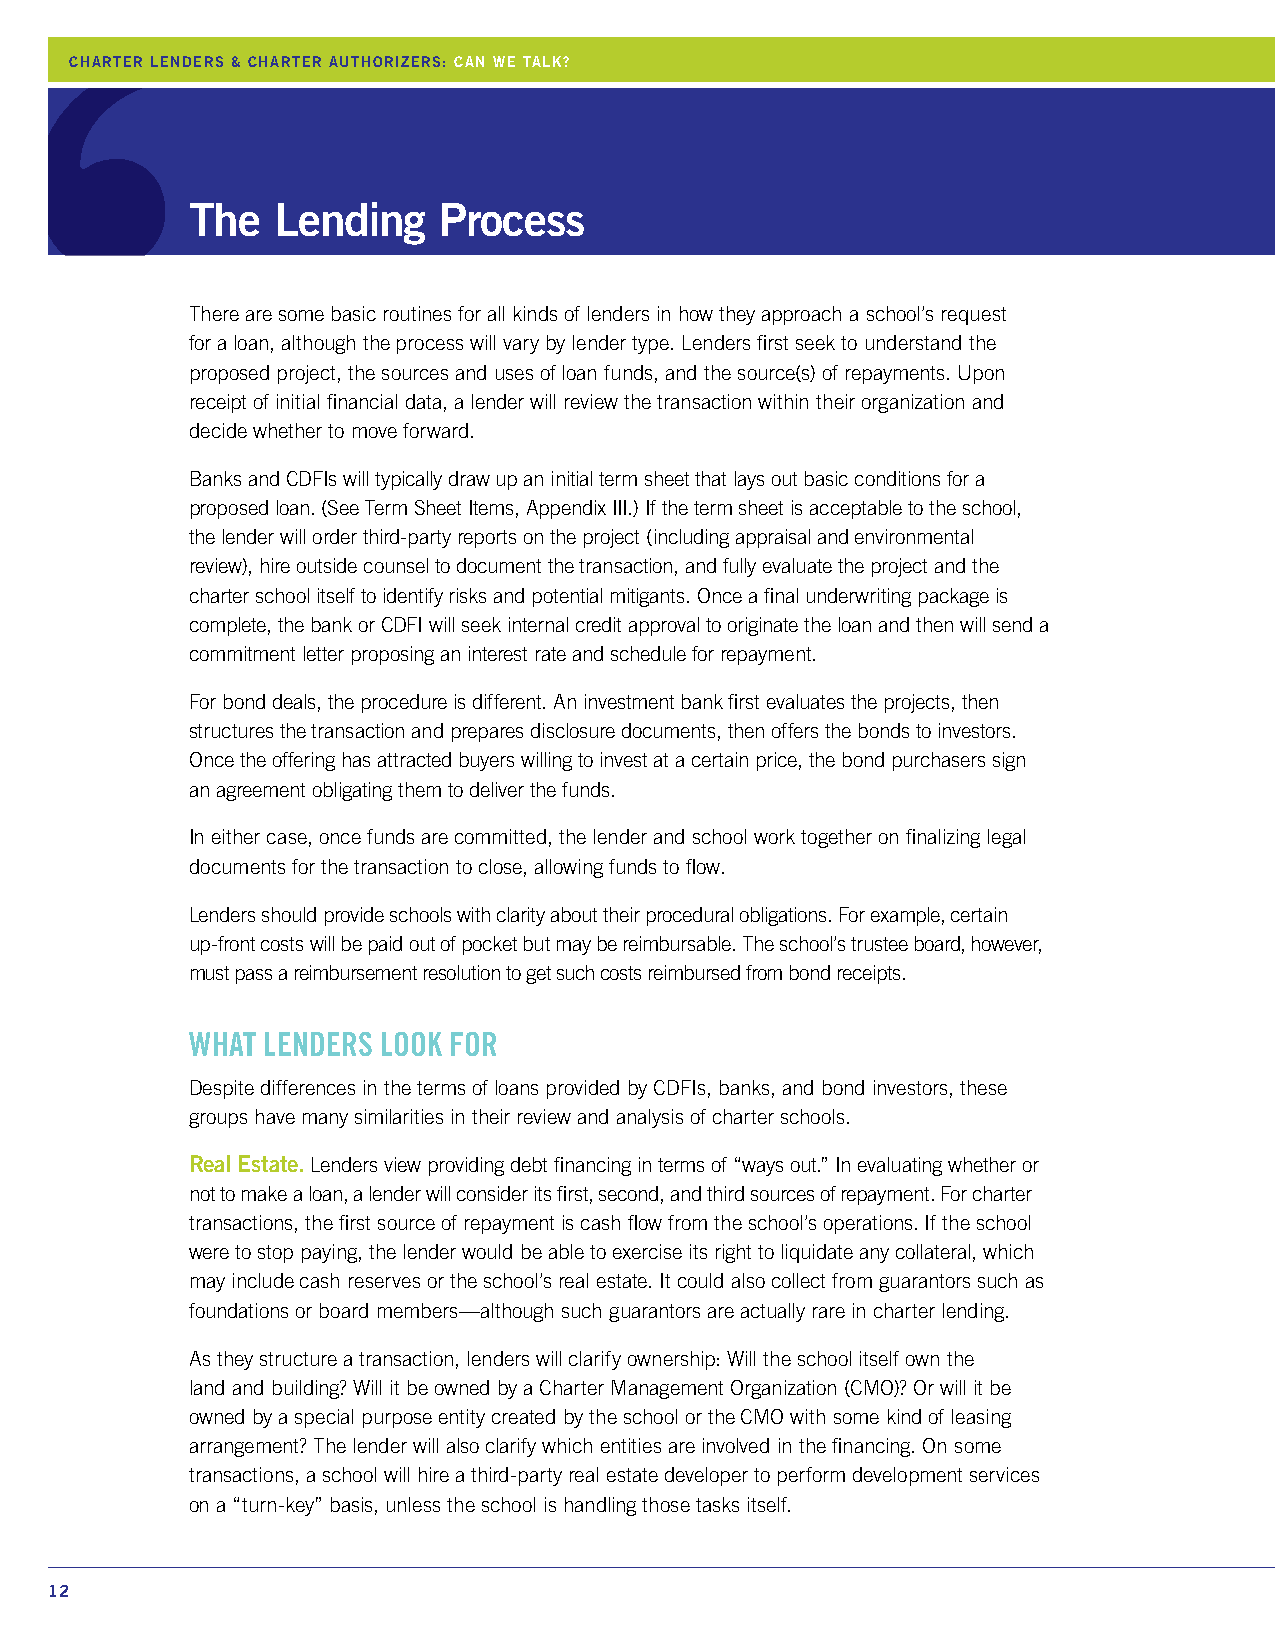
CHARTER LENDERS & CHARTER AUTHORIZERS: CAN WE TALK?
 The  Lending    Process
 There are some basic routines for all kinds of lenders in how they approach a school’s request
 for a loan, although the process will vary by lender type. Lenders first seek to understand the
 proposed project, the sources and uses of loan funds, and the source(s) of repayments. Upon
 receipt of initial financial data, a lender will review the transaction within their organization and
 decide whether to move forward.
 Banks and CDFIs will typically draw up an initial term sheet that lays out basic conditions for a
 proposed loan. (See Term Sheet Items, Appendix III.) If the term sheet is acceptable to the school,
 the lender will order third-party reports on the project (including appraisal and environmental
 review), hire outside counsel to document the transaction, and fully evaluate the project and the
 charter school itself to identify risks and potential mitigants. Once a final underwriting package is
 complete, the bank or CDFI will seek internal credit approval to originate the loan and then will send a
 commitment letter proposing an interest rate and schedule for repayment.
 For bond deals, the procedure is different. An investment bank first evaluates the projects, then
 structures the transaction and prepares disclosure documents, then offers the bonds to investors.
 Once the offering has attracted buyers willing to invest at a certain price, the bond purchasers sign
 an agreement obligating them to deliver the funds.
 In either case, once funds are committed, the lender and school work together on finalizing legal
 documents for the transaction to close, allowing funds to flow.
 Lenders should provide schools with clarity about their procedural obligations. For example, certain
 up-front costs will be paid out of pocket but may be reimbursable. The school’s trustee board, however,
 must pass a reimbursement resolution to get such costs reimbursed from bond receipts.
 WHAT LENDERS LOOK FOR
 Despite differences in the terms of loans provided by CDFIs, banks, and bond investors, these
 groups have many similarities in their review and analysis of charter schools.
 Real Estate. Lenders view providing debt financing in terms of “ways out.” In evaluating whether or
 not to make a loan, a lender will consider its first, second, and third sources of repayment. For charter
 transactions, the first source of repayment is cash flow from the school’s operations. If the school
 were to stop paying, the lender would be able to exercise its right to liquidate any collateral, which
 may include cash reserves or the school’s real estate. It could also collect from guarantors such as
 foundations or board members—although such guarantors are actually rare in charter lending.
 As they structure a transaction, lenders will clarify ownership: Will the school itself own the
 land and building? Will it be owned by a Charter Management Organization (CMO)? Or will it be
 owned by a special purpose entity created by the school or the CMO with some kind of leasing
 arrangement? The lender will also clarify which entities are involved in the financing. On some
 transactions, a school will hire a third-party real estate developer to perform development services
 on a “turn-key” basis, unless the school is handling those tasks itself.
 12